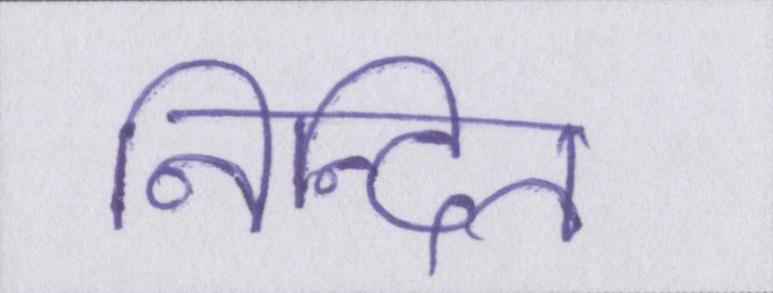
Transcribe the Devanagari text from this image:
निन्दित